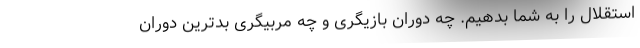
استقلال را به شما بدهیم. چه دوران بازیگری و چه مربیگری بدترین دوران